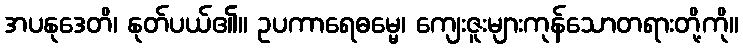
အပနုဒေတိ၊ နုတ်ပယ်၏။ ဥပကာရေဓမ္မေ၊ ကျေးဇူးများကုန်သောတရားတို့ကို။